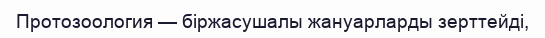
Протозоология — біржасушалы жануарларды зерттейді,